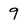
Character: 9